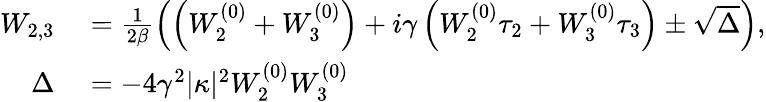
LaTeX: \begin{array}{rl}{W_{2,3}}&{{}=\frac{1}{2\beta}\left(\left(W_{2}^{(0)}+W_{3}^{(0)}\right)+i\gamma\left(W_{2}^{(0)}\tau_{2}+W_{3}^{(0)}\tau_{3}\right)\pm\sqrt{\Delta}\right),}\\ {\Delta}&{{}=-4\gamma^{2}|\kappa|^{2}W_{2}^{(0)}W_{3}^{(0)}}\end{array}